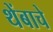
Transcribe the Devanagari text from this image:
थेंबाचे